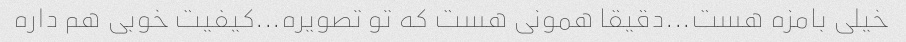
خیلی بامزه هست...دقیقا همونی هست که تو تصویره...کیفیت خوبی هم داره